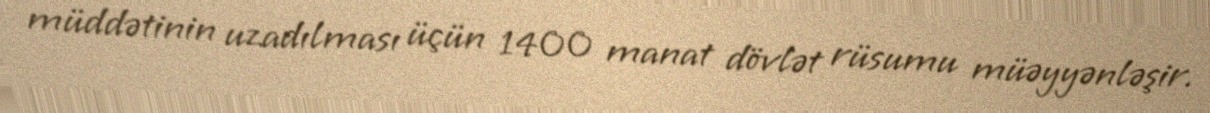
müddətinin uzadılması üçün 1400 manat dövlət rüsumu müəyyənləşir.